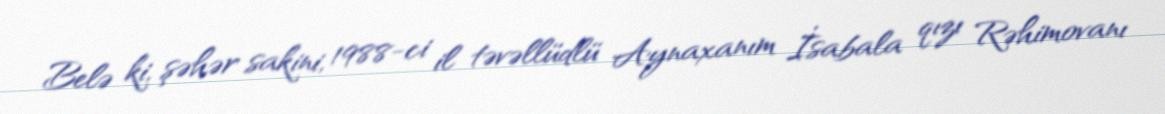
Belə ki, şəhər sakini, 1988-ci il təvəllüdlü Aynaxanım İsabala qızı Rəhimovanı